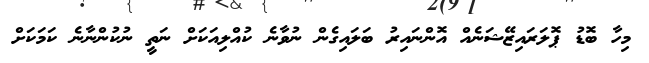
މިހާ ބޮޑު ޕޮލަރައިޒޭޝަނެއް އޮންނައިރު ބަލައިގެން ނުވާނެ ކުއްލިއަކަށް ނަތީ ނުކުންނާނެ ކަމަކަށް